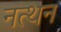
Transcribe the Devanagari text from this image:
नत्थन